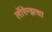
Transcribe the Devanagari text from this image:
लॉरेन्झचा